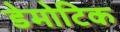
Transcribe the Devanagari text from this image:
डेमोटिक